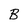
Character: B